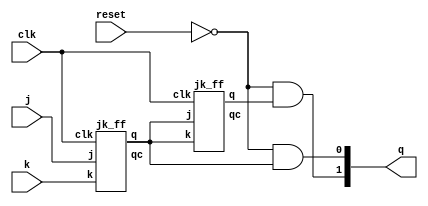
module binary_counter(
    input clk, reset, j, k,
    output wire [1:0] q
    );
    
    wire [1:0] qc;
    wire [1:0] tmpq;
    jk_ff b1(j,k,clk,tmpq[0],qc[0]);
    jk_ff b2(tmpq[0],tmpq[0],clk,tmpq[1],qc[1]);
    
    and(q[0],~reset,tmpq[0]);
    and(q[1],~reset,tmpq[1]);
endmodule

module jk_ff(
    input j,k,clk,
    output reg q, qc
);
    initial begin
        q=0;
        qc=1;
    end
    always@(negedge clk)begin
        if(j==0&&k==0)begin
            q<=q;
            qc<=qc;
        end
        if(j==0&&k==1)begin
            q=0;
            qc=1;
        end
        if(j==1&&k==0)begin
            q=1;
            qc=0;
        end
        if(j==1&&k==1)begin
            q<=qc;
            qc<=q;
        end
    end
endmodule